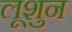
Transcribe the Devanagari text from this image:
लूशुन